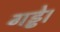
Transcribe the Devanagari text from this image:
गड्ढे।